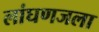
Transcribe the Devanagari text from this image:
लांघणजला